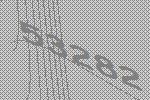
53282